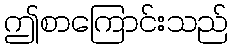
ဤစာကြောင်းသည်